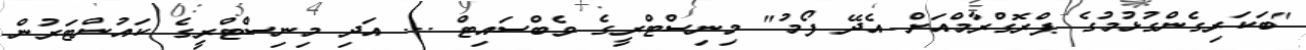
"ބަކަރިގެންގުޅުމުގެ ޕްރޮގްރާމްއަށް އެދޭ ފޯމު" މިނިސްޓްރީގެ ވެބްސައިޓް ... އަދި މިނިސްޓްރީގެ ކައުންޓަރުން